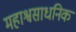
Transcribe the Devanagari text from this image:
महाश्वसाधनिक